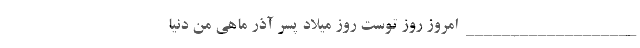
___________________ امروز روز توست روز میلاد پسر آذر ماهی من دنیا